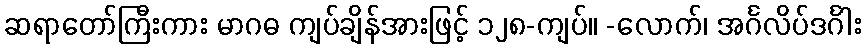
ဆရာတော်ကြီးကား မာဂဓ ကျပ်ချိန်အားဖြင့် ၁၂၈-ကျပ်။ -လောက်၊ အင်္ဂလိပ်ဒင်္ဂါး